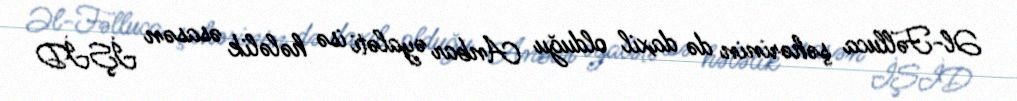
Əl-Fəlluca şəhərinin də daxil olduğu Anbar əyaləti isə hələlik əsasən İŞİD